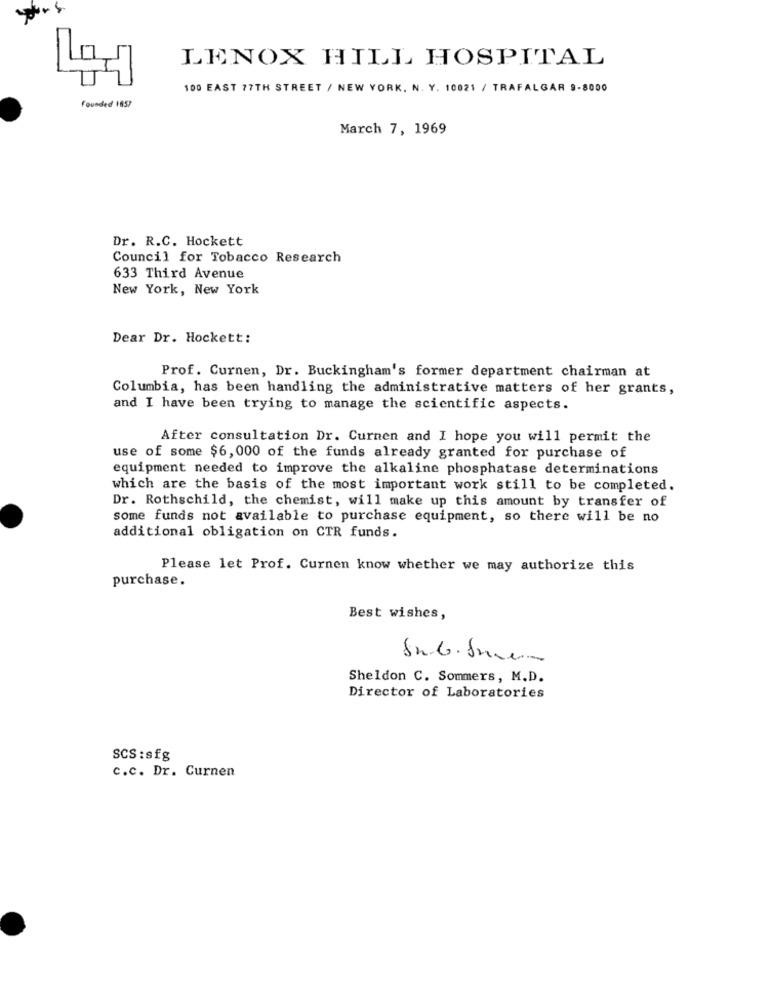
LENOX HILL HOSPITAL
100 EAST 77TH STREET / NEW YORK, N. Y. 10021 / TRAFALGAR 9-8000
Founded 1857
March 7, 1969
Dr. R.C. Hockett
Council for Tobacco Research
633 Third Avenue
New York, New York
Dear Dr. Hockett:
Prof. Curnen, Dr. Buckingham's former department chairman at
Columbia, has been handling the administrative matters of her grants,
and I have been trying to manage the scientific aspects.
After consultation Dr. Curnen and I hope you will permit the
use of some $6,000 of the funds already granted for purchase of
equipment needed to improve the alkaline phosphatase determinations
which are the basis of the most important work still to be completed.
Dr. Rothschild, the chemist, will make up this amount by transfer of
some funds not available to purchase equipment, so there will be no
additional obligation on CTR funds.
Please let Prof. Curnen know whether we may authorize this
purchase.
Best wishes,
Sheldon C. Sommers, M.D.
Director of Laboratories
SCS: sfg
c.c. Dr. Curnen